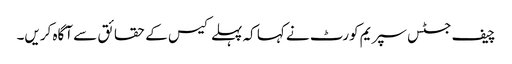
چیف جسٹس سپریم کورٹ نے کہا کہ پہلے کیس کے حقائق سے آگاہ کریں۔